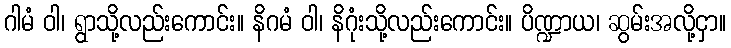
ဂါမံ ဝါ၊ ရွာသို့လည်းကောင်း။ နိဂမံ ဝါ၊ နိဂုံးသို့လည်းကောင်း။ ပိဏ္ဍာယ၊ ဆွမ်းအလို့ငှာ။